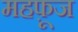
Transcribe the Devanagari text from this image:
महफ़ूज